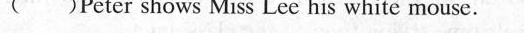
( )Peter shows Miss Lec his white mouse.